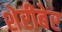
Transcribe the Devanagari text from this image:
शेरीबेर